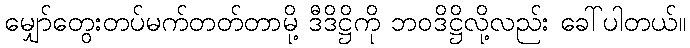
မျှော်တွေးတပ်မက်တတ်တာမို့ ဒီဒိဋ္ဌိကို ဘဝဒိဋ္ဌိလို့လည်း ခေါ်ပါတယ်။